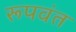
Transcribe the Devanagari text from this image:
रूपवंत